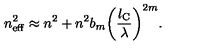
n _ { \mathrm { e f f } } ^ { 2 } \approx n ^ { 2 } + n ^ { 2 } b _ { m } \biggl ( \frac { l _ { \mathrm { C } } } { \lambda } \biggr ) ^ { 2 m } .